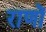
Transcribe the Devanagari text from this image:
राणों